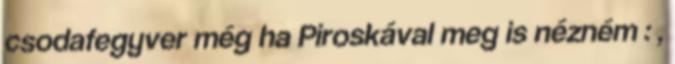
csodafegyver még ha Piroskával meg is nézném : ,